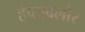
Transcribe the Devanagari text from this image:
हेप्‍टाक्‍लोर